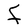
Character: F